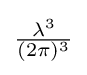
{\tfrac {\lambda ^{3}}{(2\pi )^{3}}}